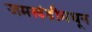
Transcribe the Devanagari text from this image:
जमखंडीमधून